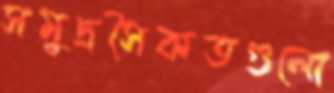
সমুদ্রসৈকতগুলো